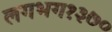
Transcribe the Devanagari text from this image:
लगभग१३७०